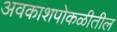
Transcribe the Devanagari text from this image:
अवकाशपोकळीतील